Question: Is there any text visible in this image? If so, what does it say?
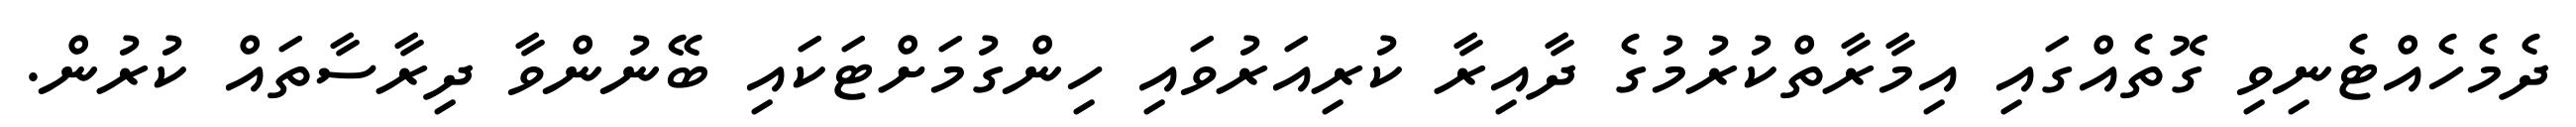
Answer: ދެމެހެއްޓެނިވި ގޮތެއްގައި އިމާރާތްކުރުމުގެ ދާއިރާ ކުރިއަރުވައި ހިންގުމަށްޓަކައި ބޭނުންވާ ދިރާސާތައް ކުރުން.